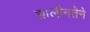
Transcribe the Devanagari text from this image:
शालीनतेने